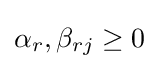
\alpha _{r},\beta _{rj}\geq 0